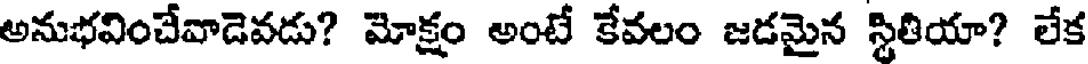
అనుభవించేవాడెవడు? మోక్షం అంటే కేవలం జడమైన స్థితియా? లేక